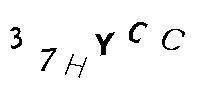
37HYCC